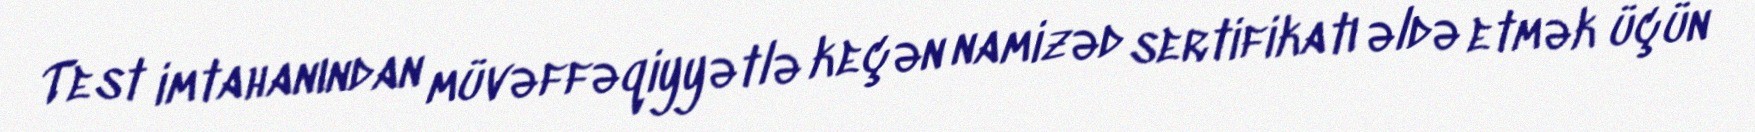
Test imtahanından müvəffəqiyyətlə keçən namizəd sertifikatı əldə etmək üçün